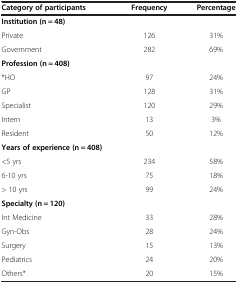
| Category of participants | Frequency | Percentage |
 | --- | --- | --- |
 | Institution (n = 48) |  |  |
 | Private | 126 | 31% |
 | Government | 282 | 69% |
 | Profession (n = 408) |  |  |
 | *HO | 97 | 24% |
 | GP | 128 | 31% |
 | Specialist | 120 | 29% |
 | Intern | 13 | 3% |
 | Resident | 50 | 12% |
 | Years of experience (n = 408) |  |  |
 | <5 yrs | 234 | 58% |
 | 6-10 yrs | 75 | 18% |
 | > 10 yrs | 99 | 24% |
 | Specialty (n = 120) |  |  |
 | Int Medicine | 33 | 28% |
 | Gyn-Obs | 28 | 24% |
 | Surgery | 15 | 13% |
 | Pediatrics | 24 | 20% |
 | Others* | 20 | 15% |